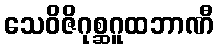
သေဝိဇိဂုစ္ဆဂူထဘာဏီ